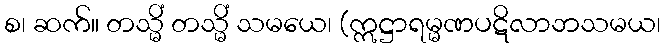
စ၊ ဆက်။ တသ္မိံ တသ္မိံ သမယေ၊ (ဣဋ္ဌာရမ္မဏပဋိလာဘသမယ၊